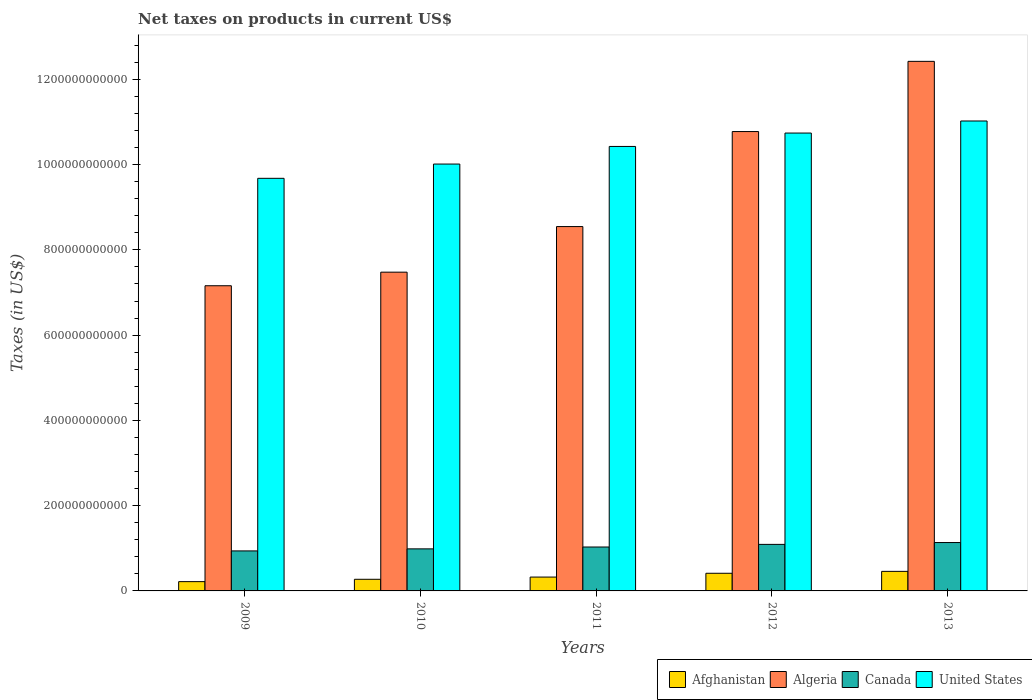
| Years | Afghanistan | Algeria | Canada | United States |
 | --- | --- | --- | --- | --- |
 | 2009 | 2.18e+10 | 7.16e+11 | 9.38e+10 | 9.68e+11 |
 | 2010 | 2.73e+10 | 7.48e+11 | 9.87e+10 | 1e+12 |
 | 2011 | 3.25e+10 | 8.55e+11 | 1.03e+11 | 1.04e+12 |
 | 2012 | 4.14e+10 | 1.08e+12 | 1.09e+11 | 1.07e+12 |
 | 2013 | 4.59e+10 | 1.24e+12 | 1.13e+11 | 1.1e+12 |